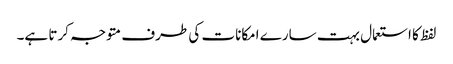
لفظ کا استعمال بہت سارے امکانات کی طرف متوجہ کرتا ہے۔